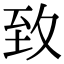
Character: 致